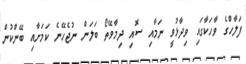
ފަލާހްގެ ވާހަކާގައި ވިދާޅުވީ ނަމާއި ސޮއި ދިމާވޭތޯ ބަލަން ނުޖެހޭނެ ކަމަށާއި ބޭންކުން